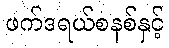
ဖက်ဒရယ်စနစ်နှင့်